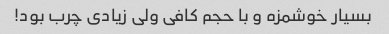
بسیار خوشمزه و با حجم کافی ولی زیادی چرب بود!